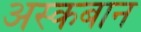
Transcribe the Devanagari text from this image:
अस्कबान